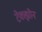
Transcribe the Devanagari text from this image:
टेकझोन